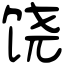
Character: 饶